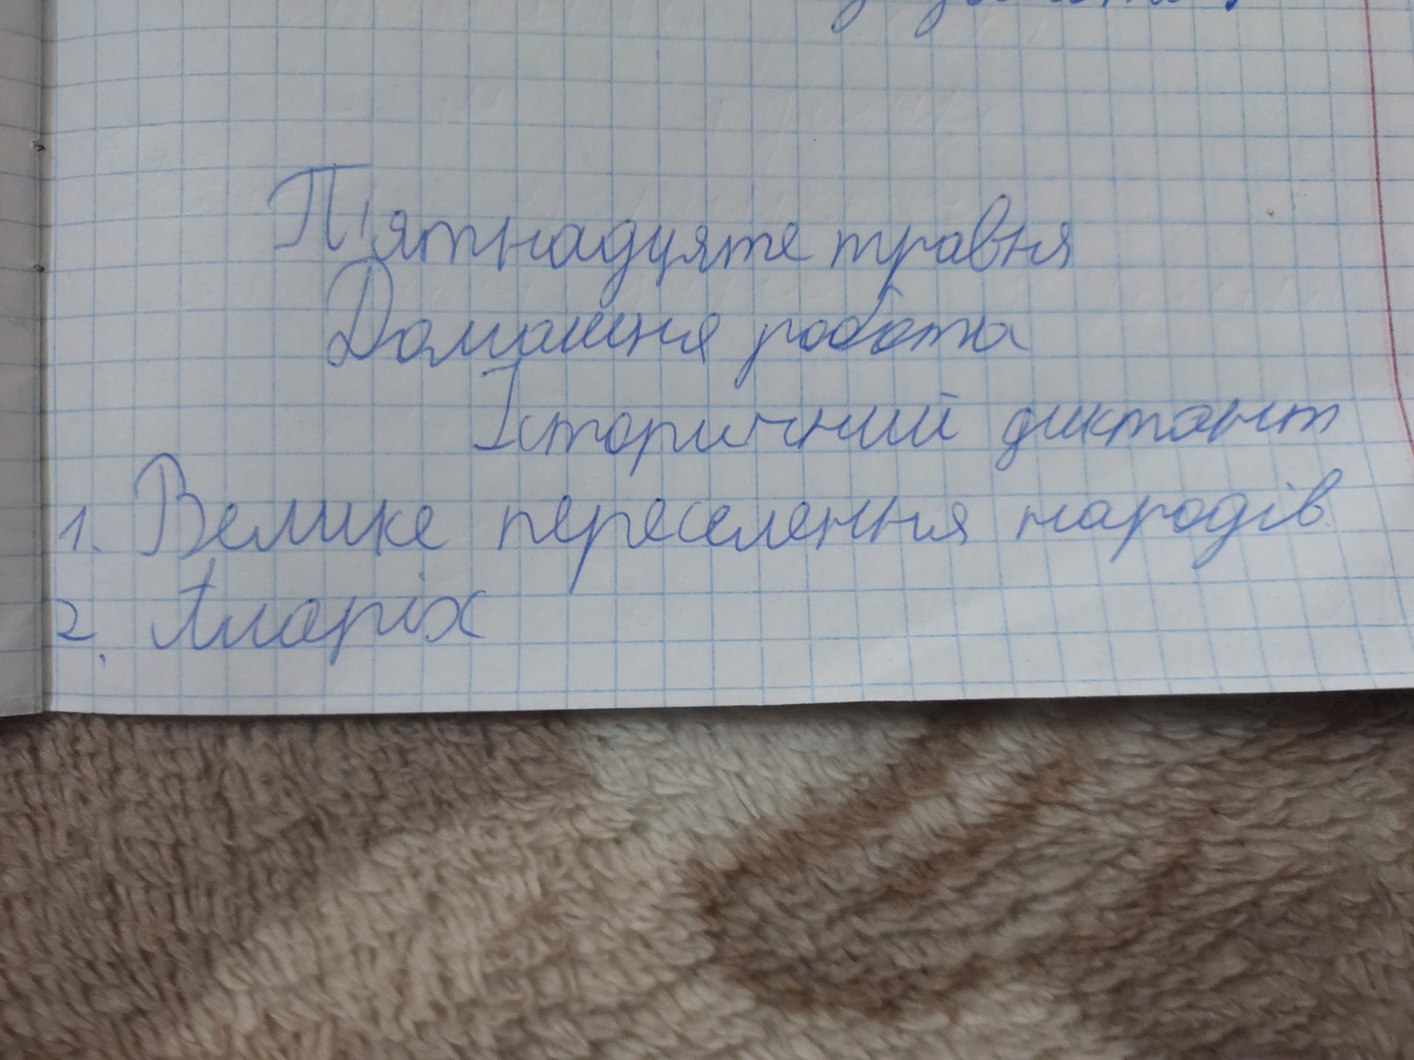
П'ятнадцяте травня
Домашня робота
Історичний диктант
1. Велике переселення народів
2. Алаpіх